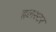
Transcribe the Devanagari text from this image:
इलस्टर